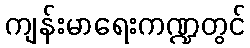
ကျန်းမာရေးကဏ္ဍတွင်